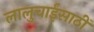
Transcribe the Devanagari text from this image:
लालुचाईंसाठीं